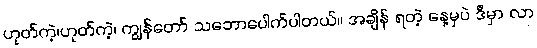
ဟုတ်ကဲ့၊ဟုတ်ကဲ့၊ ကျွန်တော် သဘောပေါက်ပါတယ်။ အချိန် ရတဲ့ နေ့မှပဲ ဒီမှာ လာ